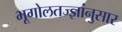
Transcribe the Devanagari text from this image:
भूगोलतज्ज्ञांनुसार